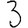
Digit: 3